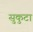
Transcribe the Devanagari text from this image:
सुकुटा